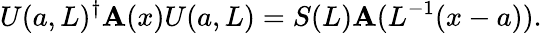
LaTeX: U(a,L)^{\dagger}\mathbf{A}(x)U(a,L)=S(L)\mathbf{A}(L^{-1}(x-a)).